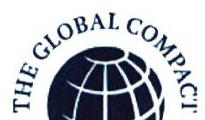
THE GLOBAL COMPACT